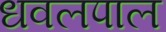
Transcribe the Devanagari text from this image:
धवलपाल